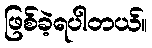
ဖြစ်ခဲ့ရပါတယ်။